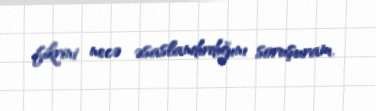
fikrini necə əsaslandırdığını soruşuram.